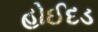
હોઈદડ